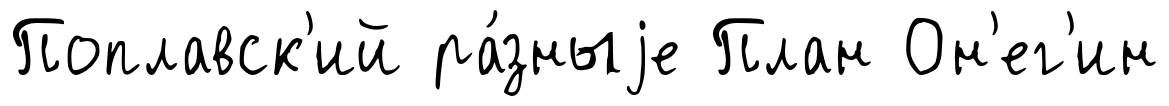
Поплавск'ий ра́зныjе План Он'ег'ин